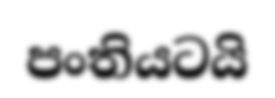
පංතියටයි